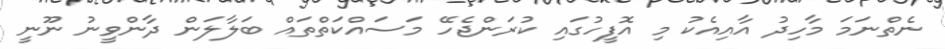
ނެތްނަމަ މާހިދު އާއިއެކު މި އޮފީހުގައި ކުރަންޖެހޭ މަސައްކަތްތައް ބަލާލަން ދާންވީނު ނޫނީ